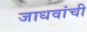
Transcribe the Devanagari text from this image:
जाधवांची